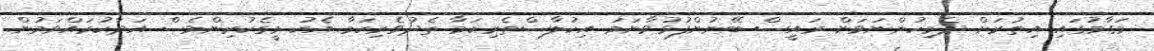
މަގާމުގައި އިތުރަށް ދެމިހުންނަވަން ރައީސް ބޭނުންފުޅުވާނަމަ އިހުލާސްތެރިކަމާ ތެދުވެރިކަމާ އެކު މީގެކުރިންވެސް އަދާކުރައްވަމުން